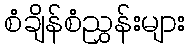
စံချိန်စံညွှန်းများ